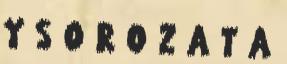
Y S O R O Z A T A